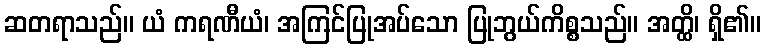
ဆတရာသည်။ ယံ ကရဏီယံ၊ အကြင်ပြုအပ်သော ပြုဘွယ်ကိစ္စသည်။ အတ္ထိ၊ ရှိ၏။